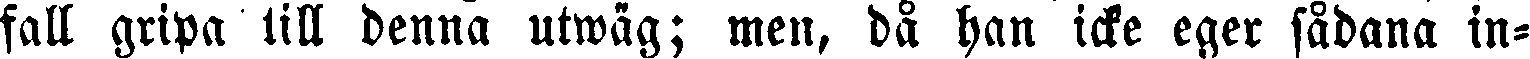
fall gripa till denna utwäg; men, då han icke eger sådana in-